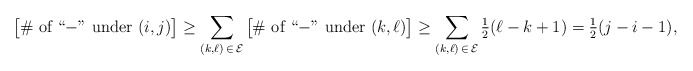
\begin{align*}\big[\#\textrm{ of ``$-$'' under }(i,j)\big] \ge \sum_{(k,\ell) \,\in\, \mathcal E} \big[\#{\textrm{ of ``$-$'' under }(k,\ell)}\big] \ge \sum_{(k,\ell)\, \in\, \mathcal E}\tfrac12(\ell-k+1) = \tfrac12(j-i-1),\end{align*}